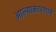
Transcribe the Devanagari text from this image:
आल्याकारणाने